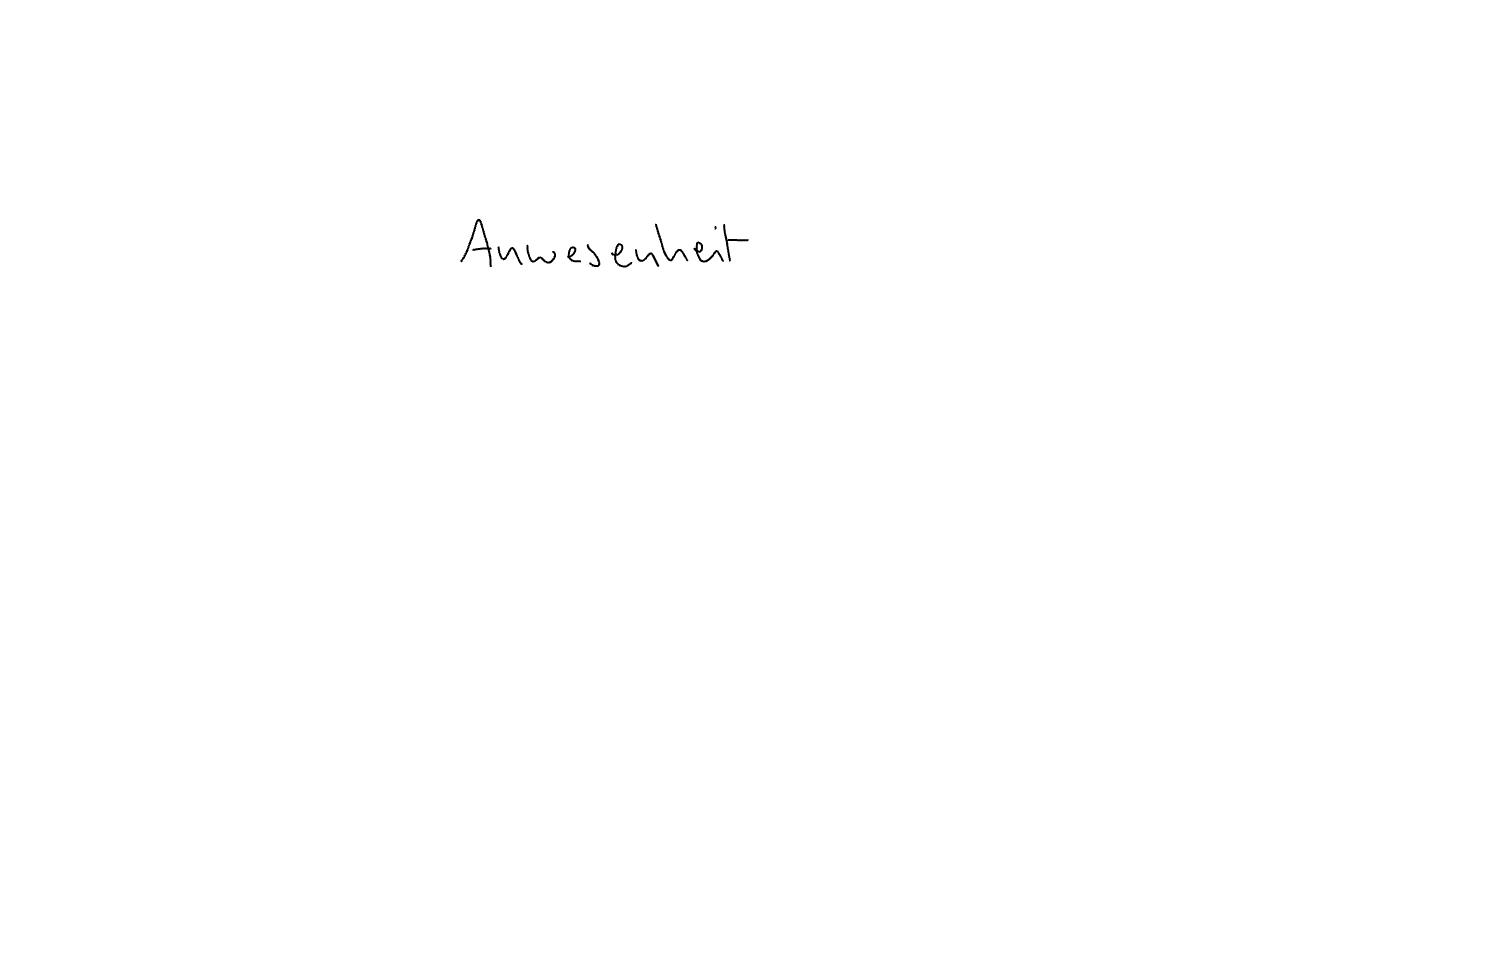
Text: Anwesenheit